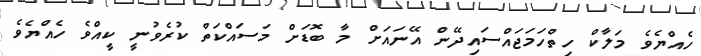
ހެއްޔެވެ މަލާކް ހިތްހަމަޖައްސައިދޭން އޭނައަށް މާ ބޮޑަށް މަސައްކަތް ކުރެވުނީ ކީއްވެ ހެއްޔެވެ